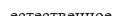
естественное